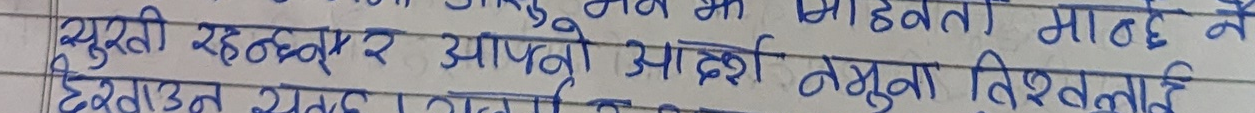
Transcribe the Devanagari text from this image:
युक्ती रहन्छन् र आफ्नो आदर्श नमुना विश्वलाई
देखाउन सक्छन् ।